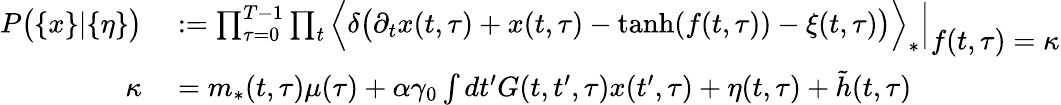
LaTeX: \begin{array}{rl}{P\big(\{ x\} |\{ \eta\} \big)}&{{}:=\prod_{\tau=0}^{T-1}\prod_{t}\Big\langle\delta\big(\partial_{t}x(t,\tau)+x(t,\tau)-\mathrm{tanh}(f(t,\tau))-\xi(t,\tau)\big)\Big\rangle_{*}\Big|_{\displaystyle f(t,\tau)=\kappa}}\\ {\kappa}&{{}=m_{*}(t,\tau)\mu(\tau)+\alpha\gamma_{0}\int dt^{\prime}G(t,t^{\prime},\tau)x(t^{\prime},\tau)+\eta(t,\tau)+\tilde{h}(t,\tau)}\end{array}